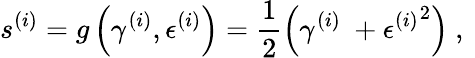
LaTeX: s^{(i)}=g\left(\gamma^{(i)},\epsilon^{(i)}\right)=\frac 12\left(\gamma^{(i)}\ +{\epsilon^{(i)}}^{2}\right)\mathrm{~,~}